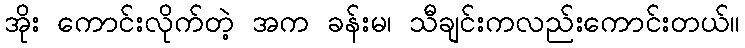
အိုး ကောင်းလိုက်တဲ့ အက ခန်းမ၊ သီချင်းကလည်းကောင်းတယ်။